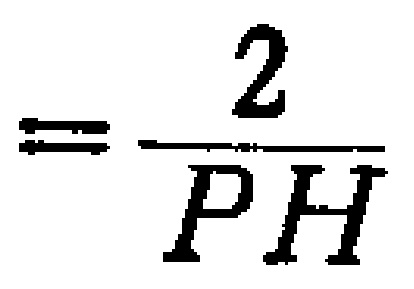
$=\frac{2}{PH}$